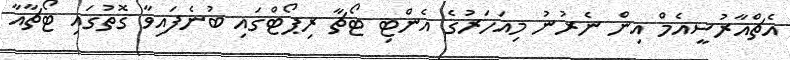
އެޗްއާރުސީއެމް އިން ނެރުނު މިއަހަރުގެ އެންޓި ޓޯޗާ ރިޕޯޓްގައި ބުނެފައިވާ ގޮތުގައި ޓޯޗާއާ